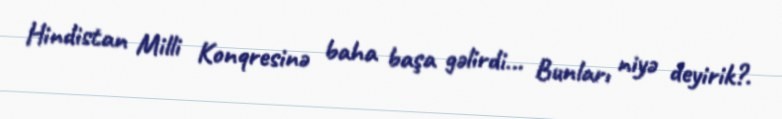
Hindistan Milli Konqresinə baha başa gəlirdi... Bunları niyə deyirik?.